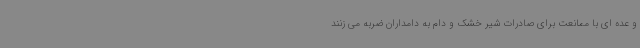
و عده ای با ممانعت برای صادرات شیر خشک و دام به دامداران ضربه می زنند